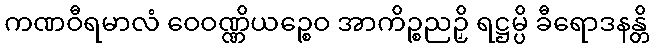
ကဏဝီရမာလံ ဝေဝဏ္ဏိယဉ္စေဝ အာကိဉ္စညဉှိ ရဋ္ဌမ္ပိ ခီရောဒနန္တိ